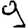
Digit: 9